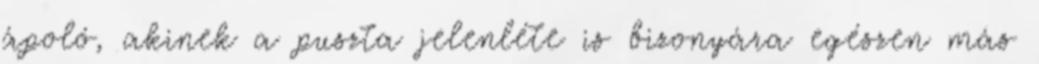
ápoló, akinek a puszta jelenléte is bizonyára egészen más